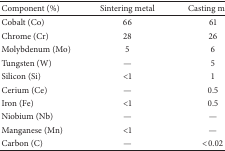
<table><thead><tr><td><b>Component (%)</b></td><td><b>Sintering metal</b></td><td><b>Casting metal</b></td></tr></thead><tbody><tr><td>Cobalt (Co)</td><td>66</td><td>61</td></tr><tr><td>Chrome (Cr)</td><td>28</td><td>26</td></tr><tr><td>Molybdenum (Mo)</td><td>5</td><td>6</td></tr><tr><td>Tungsten (W)</td><td>—</td><td>5</td></tr><tr><td>Silicon (Si)</td><td>&lt;1</td><td>1</td></tr><tr><td>Cerium (Ce)</td><td>—</td><td>0.5</td></tr><tr><td>Iron (Fe)</td><td>&lt;1</td><td>0.5</td></tr><tr><td>Niobium (Nb)</td><td>—</td><td>—</td></tr><tr><td>Manganese (Mn)</td><td>&lt;1</td><td>—</td></tr><tr><td>Carbon (C)</td><td>—</td><td>&lt;0.02</td></tr></tbody></table>